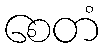
စေတံ